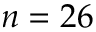
n = 2 6